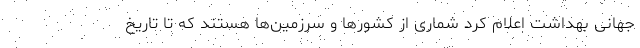
جهانی بهداشت اعلام کرد شماری از کشور‌ها و سرزمین‌ها هستند که تا تاریخ